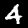
Label: 4